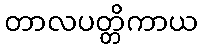
တာလပတ္တိကာယ